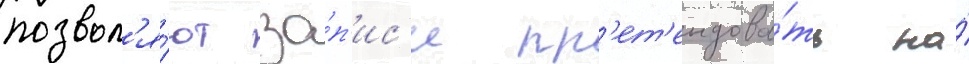
позвол'я́ют за́п'ис'и пр'ет'ендова́ть на́